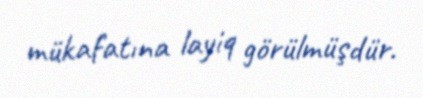
mükafatına layiq görülmüşdür.